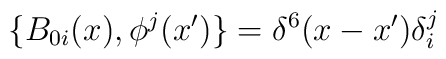
\{B_{0i}(x),\phi^j(x^{\prime})\}=\delta^6(x-x^{\prime})\delta^j_i